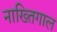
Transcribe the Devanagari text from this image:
नाख्तिगाल